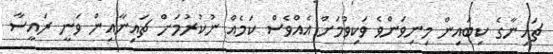
ޗައިނާގެ ކިބައިން މިނިވަންވެ ވަކިވުމަށް އެއްވެސް ކަމެއް ނުކުރުމަށް ޗައިނާއިން ވަނީ ރައީސާ